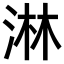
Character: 淋